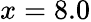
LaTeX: x=8.0